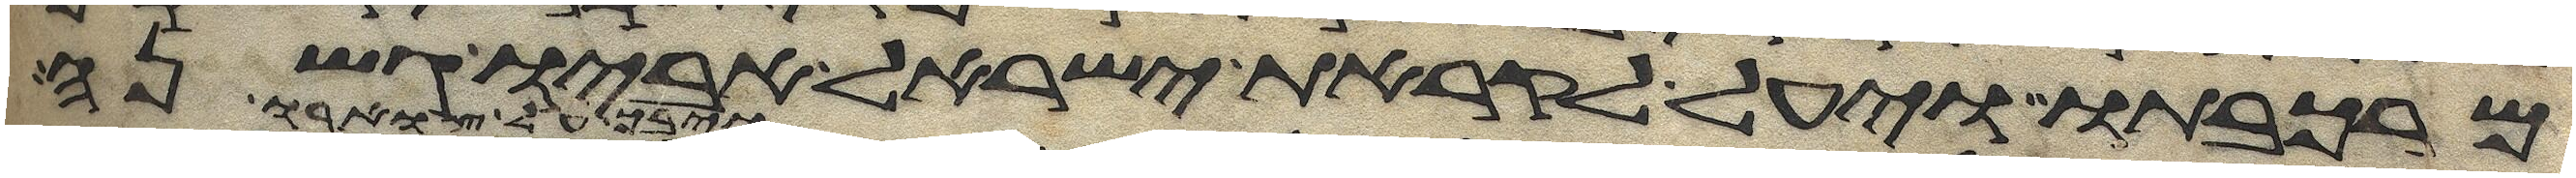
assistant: מרכבתו ויעל לקראת ישראל אביו גשנה